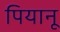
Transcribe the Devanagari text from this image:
पियानू